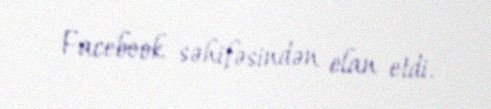
Facebook səhifəsindən elan etdi.